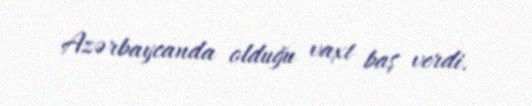
Azərbaycanda olduğu vaxt baş verdi.